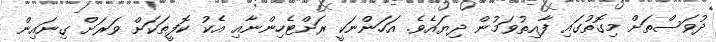
ދުވަސްތަށް މިގޮތުގައި ފާއިތުވަމުން ދިޔައެވެ. އަހަންނަކީ ރަށްޓެހިންނާއި އެކު ކޮފީތަކަށް ވަރަށް ގިނައިން